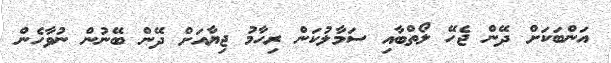
އަންބަކަށް ދޭން ޖެހޭ ލޯތްބާއި ސަމާލުކަން ރިހާމު ޖިޔާއަށް ދޭން ބޭނުން ނުވާހެން